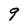
Character: 9